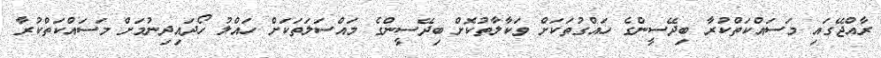
ރާއްޖޭގައި މަސައްކަތްކުރާ ބިދޭސީންގެ ހައްގުތަކަށް ވަކާލާތުކޮށް ބިދޭސީންގެ މައްސަލަތަކަށް ހައްލު ހޯދައިދިނުމަށް މަސައްކަތްކުރާ